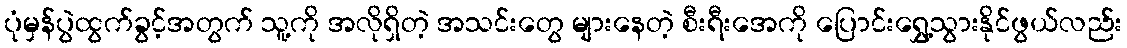
ပုံမှန်ပွဲထွက်ခွင့်အတွက် သူ့ကို အလိုရှိတဲ့ အသင်းတွေ များနေတဲ့ စီးရီးအေကို ပြောင်းရွှေ့သွားနိုင်ဖွယ်လည်း